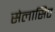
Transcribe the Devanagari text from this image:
सेलासिए